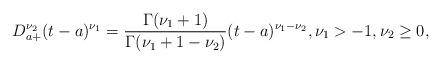
LaTeX: \begin{align*}D_{a+}^{\nu_{2}}(t-a)^{\nu_{1}} =\frac{\Gamma (\nu_{1} +1)}{\Gamma (\nu_{1}+1 -\nu_{2})}(t-a)^{\nu_{1}-\nu_{2}}, \nu_{1} > -1, \nu_{2} \ge 0,\end{align*}